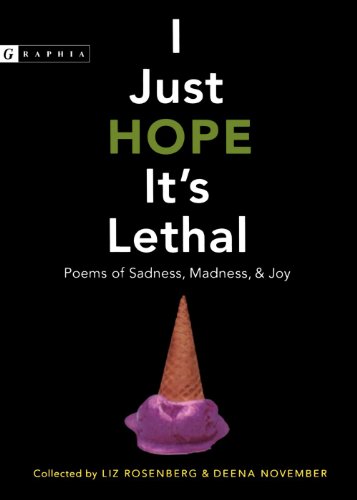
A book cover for I Just Hope It's Lethal: Poems of Sadness, Madness, and Joy; Teen & Young Adult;